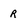
Character: R